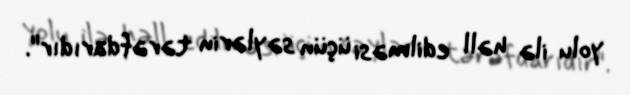
yolu ilə həll edilməsi üçün səylərin tərəfdarıdır".